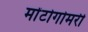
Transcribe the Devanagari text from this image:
मोंटोगोमरी